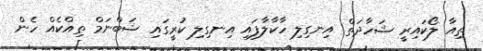
ތިއާ ލޯކައިރީ ޝަހާދަތް އިނގިލި ހާކާލާފައި އިނގިލި ކުރީގައި ޝަބްނަމް ތިއްކެއް ހެން